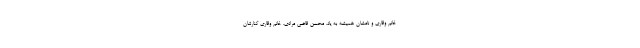
خانم وقاری و نامشان همیشه به یاد، محسن قاضی مرادی، خانم وقاری کنارشان